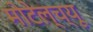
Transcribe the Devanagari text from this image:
मोटेल्च्यू